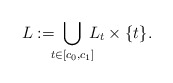
\begin{align*}L:=\!\!\!\bigcup_{t\in[c_0,c_1]}\!\!\! L_t\times\{t\}.\end{align*}